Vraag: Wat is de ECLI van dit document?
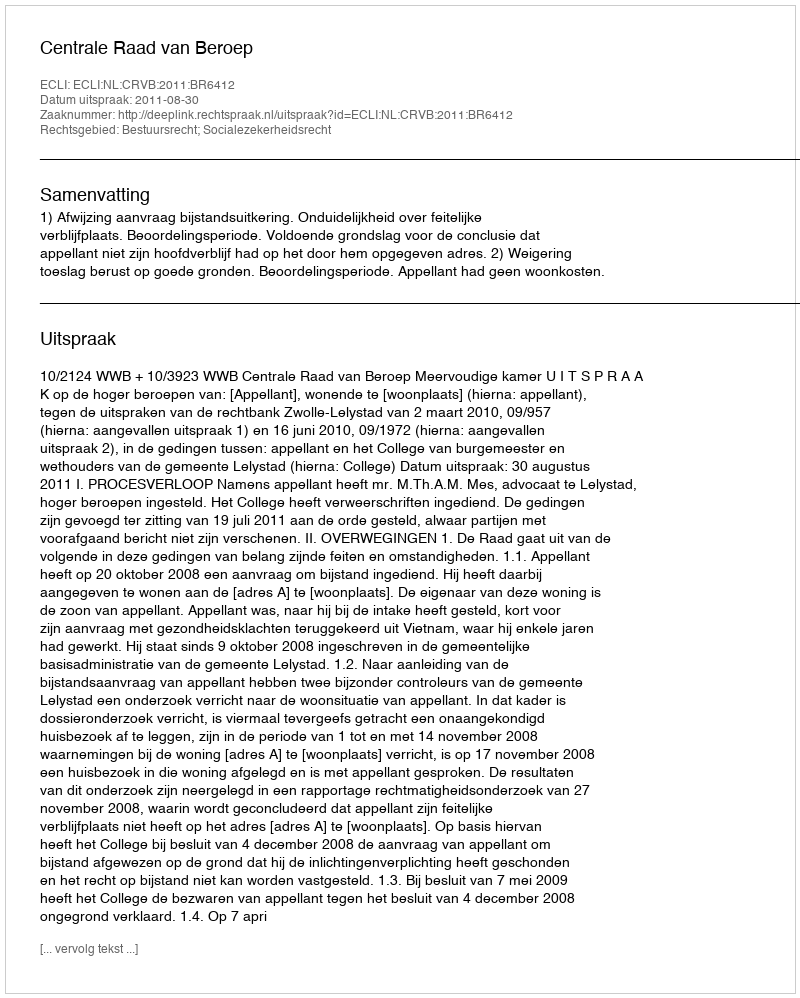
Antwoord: ECLI:NL:CRVB:2011:BR6412